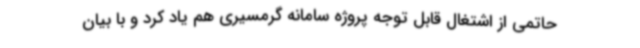
حاتمی از اشتغال قابل توجه پروژه سامانه گرمسیری هم یاد کرد و با بیان